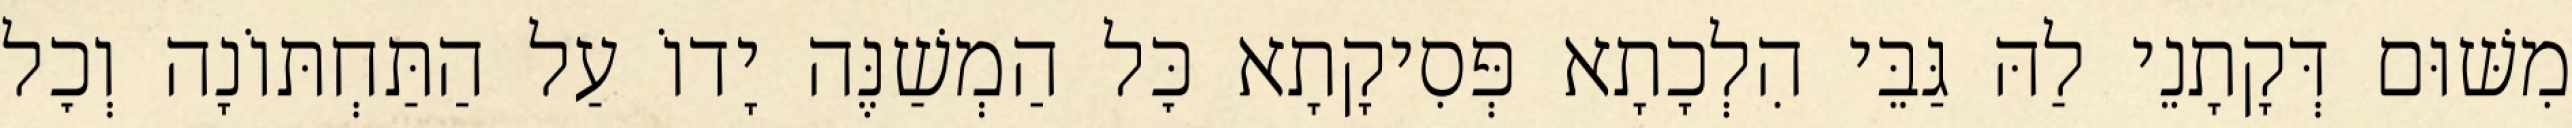
מִשּׁוּם דְּקָתָנֵי לַהּ גַּבֵּי הִלְכָתָא פְּסִיקָתָא כׇּל הַמְשַׁנֶּה יָדוֹ עַל הַתַּחְתּוֹנָה וְכׇל